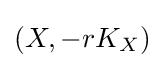
(X,-rK_{X})